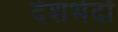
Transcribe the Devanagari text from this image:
देशभेदों